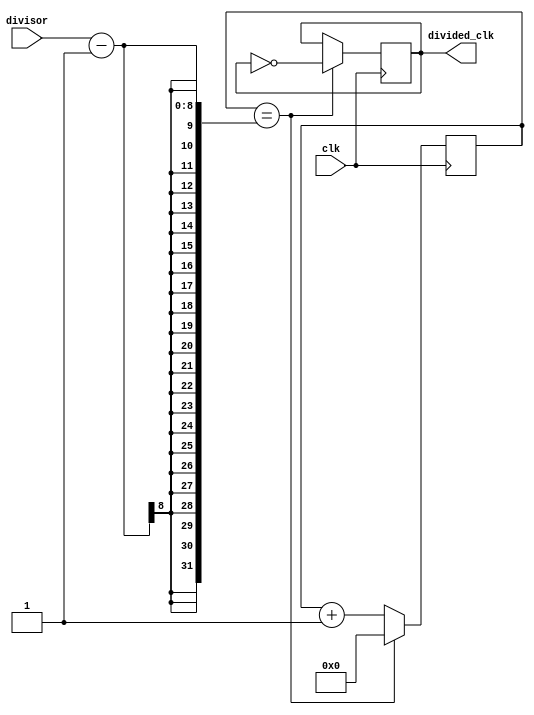
module ClockDivider(
    input wire clk,
    input wire [7:0] divisor,
    output reg divided_clk
);

reg [7:0] count;

always @(posedge clk) begin
    if (count == divisor - 1) begin
        divided_clk <= ~divided_clk;
        count <= 0;
    end else begin
        count <= count + 1;
    end
end

endmodule